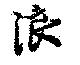
浪